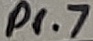
Text: P1.7